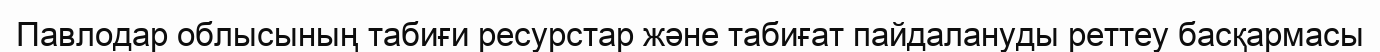
Павлодар облысының табиғи ресурстар және табиғат пайдалануды реттеу басқармасы